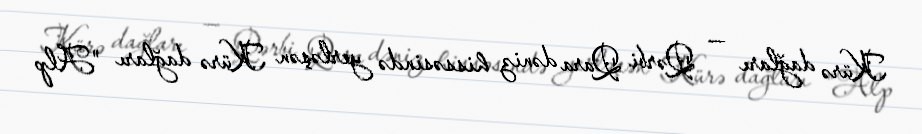
Kürə dağları — Qərbi Qara dəniz hissəsində yerləşən Kürə dağları "Alp